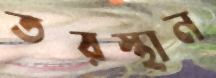
তরস্থান